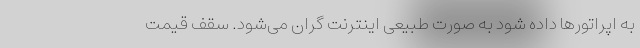
به اپراتورها داده شود به صورت طبیعی اینترنت گران می‌شود. سقف قیمت